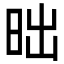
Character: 昢